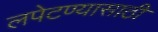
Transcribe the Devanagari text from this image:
लपेटण्यासाठी